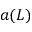
a ( L )